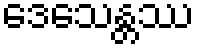
ဒေသေန္တဿ